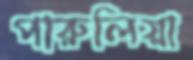
পারুলিয়া